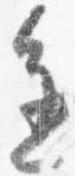
進